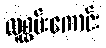
လူစွမ်းကောင်း